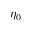
\eta _ { 0 }